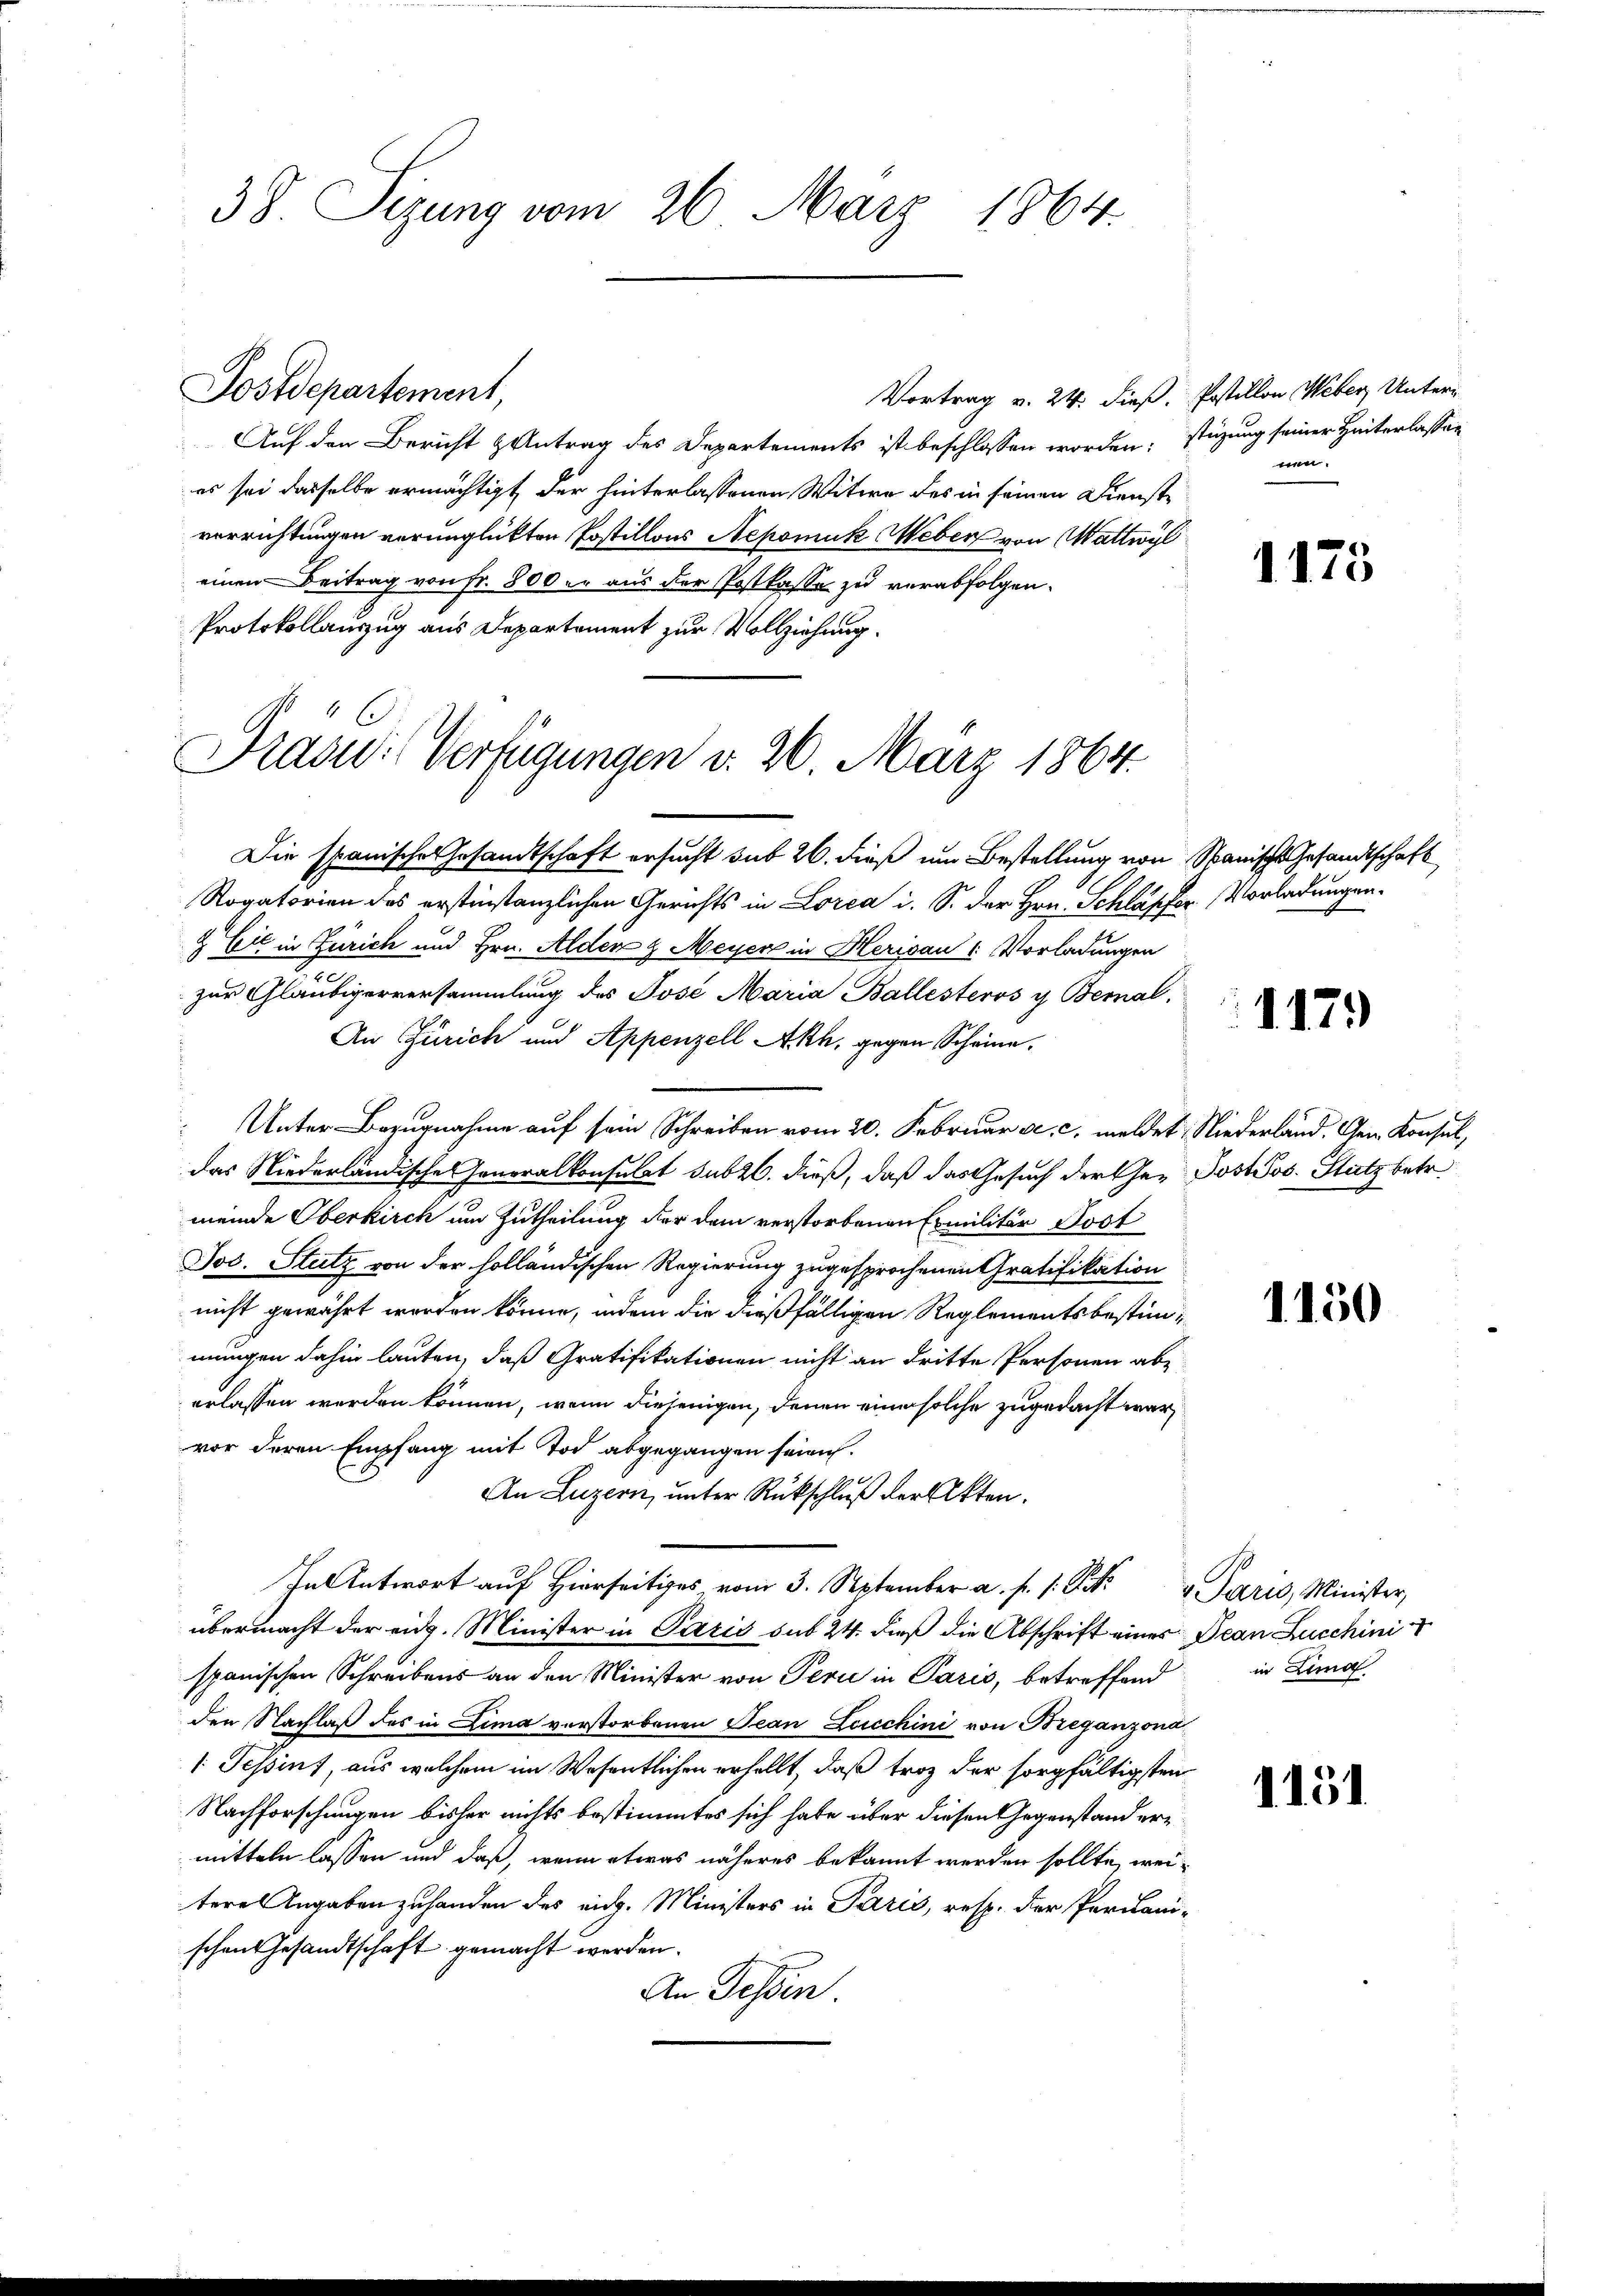
38 Sizung vom 26. März 1864.

Postdepartement,
Vortrag v. 24. dieß, Postillon Weber Unter¬
Auf den Bericht & Antrag des Departements ist beschlossen worden; stüzung seiner Hinterlassen
es sei dasselbe ermächtigt der hinterlassenen Witwe des in seinen Dienste
verrichtungen verunglückten Postillons Nepomuk Weber von Wattwyl
einen Beitrag von Fr. 800 er aus der Postkasse zu verabfolgen.
Protokollauszug aus Departement zur Vollziehung.
Die spanische Gesandtschaft ersucht sub 26. dieß um Bestellung von Stanische Gesandtschaft
Rogatorien des erstinstanzlichen Gerichts in Lorea i. S. der Hrn. Schläpfer Vorladungen.
& Cie in Zürich und Hrn. Alden & Meyer in Herisau 1 Vorladungen
zur Gläubigerversammlung des Jose Maria Ballesteros y. Bemal
An Zürich und Appenzell Akh. gegen Scheine.
Unter Bezugnahme auf sein Schreiben vom 20. Februar a. c. meldet. Niederland, Gem. Konsul,
das Niederländisches Honoralkonsulat sub 26. dieß, daß das Gesuch der Cher Post Jos. Stutz betr.
meinde Oberkirch um Zutheilung der dem verstorbenen Emilitär Jost
Jos. Stutz von der holländischen Regierung zugesprochenen Gratifikation
nicht gewährt worden könne, indem die dießfälligen Reglementsbestimmungen dahin lauten, daß Gratifikationen nicht an dritte Personen abe
erlassen werden können, wenn diejenigen, denen eine solche zugedacht war,
vor deren Empfang mit Tod abgegangen seien.
An Luzern, unter Rückschluß der Akten.
In Antwort auf Hierseitiges vom 3. September a. p. 1. Fr. 2 Paris, Minister,
übermacht der eidg. Minister in Paris sub 24. dieß die Abschrift eines Dean Zucchini
spanischen Schreibens an den Minister von Peri in Paris, betreffend
den Nachlaß des in Zima verstorbenen Jean Lucchini von Breganzona
[: Tessint, aus welchem im Wesentlichen erhellt, daß troz der sorgfältigsten
Nachforschungen bisher nichts bestimmtes sich habe über diesen Gegenstand ermitteln lassen und daß, wenn etwas näheres bekannt werden sollte, weitere Angaben zuhanden des eidg. Ministers in Paris, resp. der Pernani-
schen Gesandtschaft gemacht werden.
An Dessen.

Prasii Verfügungen v. 26. März 1864.

.

1175

1179

1150

in Lung

1151